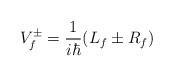
LaTeX: \begin{align*}V^{\pm}_{f} = \frac{1}{i\hbar}(L_f \pm R_f ) \end{align*}